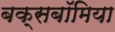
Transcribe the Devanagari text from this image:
बक्सबॉमिया